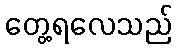
တွေ့ရလေသည်